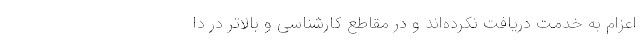
اعزام به خدمت دریافت نکرده‌اند و در مقاطع کارشناسی و بالاتر در دا